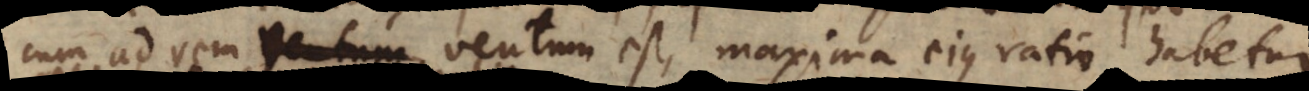
cum ad rem ventum est, maxima ejus ratio habetur